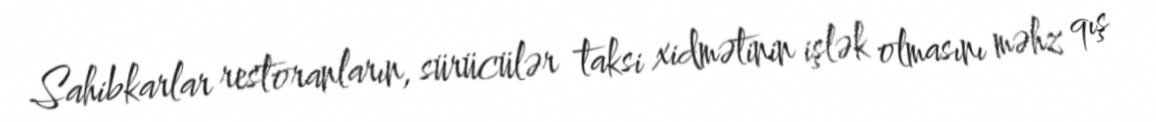
Sahibkarlar restoranların, sürücülər taksi xidmətinin işlək olmasını məhz qış